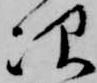
次